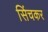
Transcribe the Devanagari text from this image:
सिंचकर